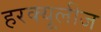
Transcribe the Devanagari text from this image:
हरक्यूलीज